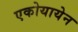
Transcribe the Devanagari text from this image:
एकोयायेन